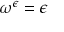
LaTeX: \omega ^ { \epsilon } = \epsilon